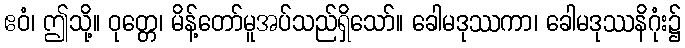
ဧဝံ၊ ဤသို့။ ဝုတ္တေ၊ မိန့်တော်မူအပ်သည်ရှိသော်။ ခေါမဒုဿကာ၊ ခေါမဒုဿနိဂုံး၌